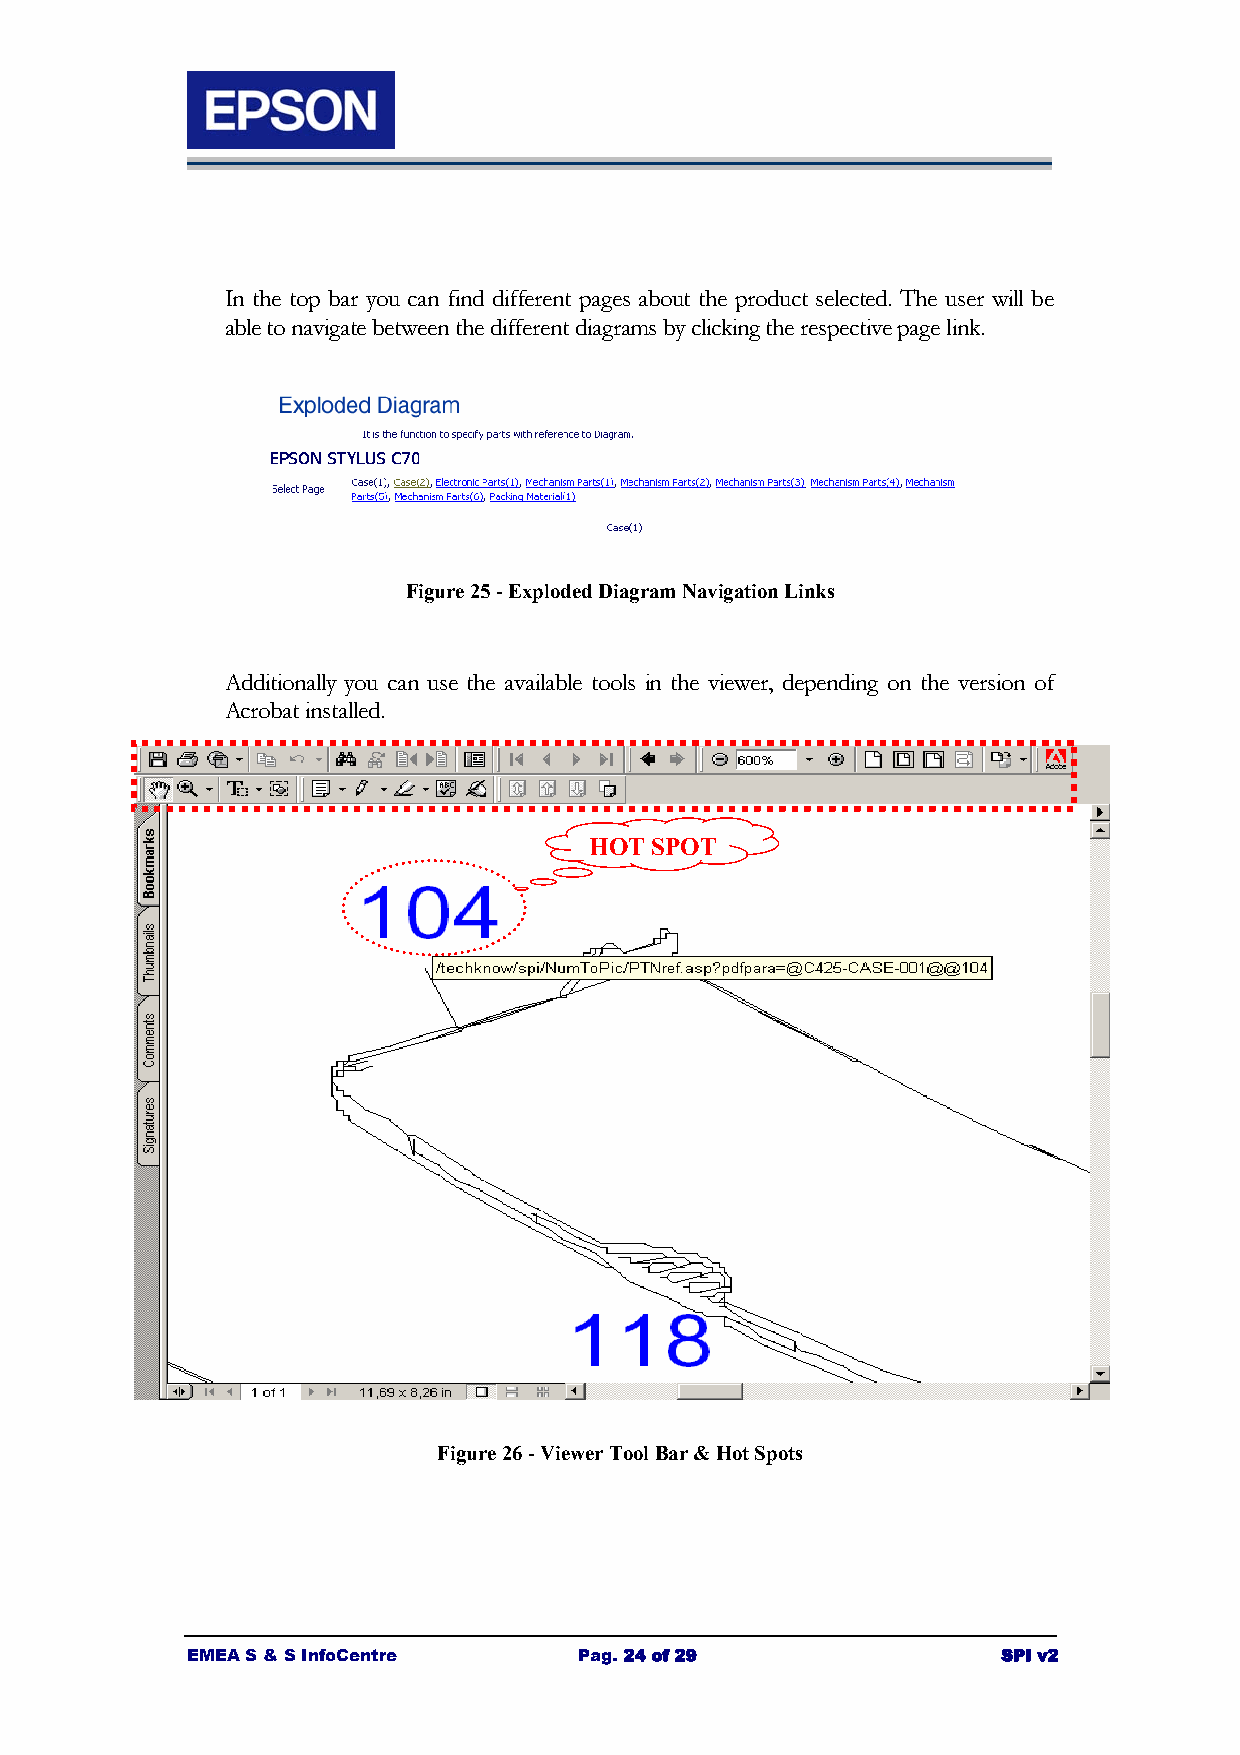
In the top bar you can find different pages about the product selected. The user will be
 able to navigate between the different diagrams by clicking the respective page link.
 Figure 25 - Exploded Diagram Navigation Links
 Additionally you can use the available tools in the viewer, depending on the version of
 Acrobat installed.
 HOT SPOT
 Figure 26 - Viewer Tool Bar & Hot Spots
 EMEA S & S InfoCentre     Pag. 24 of 29               SPI v2